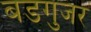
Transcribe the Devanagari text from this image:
बडगुजर